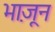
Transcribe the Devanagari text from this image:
भा़जून